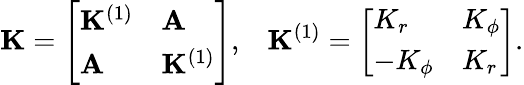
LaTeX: \mathbf{K}=\left[\begin{array}{ll}{\mathbf{K}^{(1)}}&{\mathbf{A}}\\ {\mathbf{A}}&{\mathbf{K}^{(1)}}\end{array}\right],\; \; \; \mathbf{K}^{(1)}=\left[\begin{array}{ll}{K_{r}}&{K_{\phi}}\\ {-K_{\phi}}&{K_{r}}\end{array}\right].